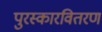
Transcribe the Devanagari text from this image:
पुरस्कारवितरण